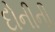
દોનીની